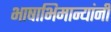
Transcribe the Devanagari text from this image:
भाषाभिमान्यांनी